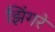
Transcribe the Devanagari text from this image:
झिंगरे